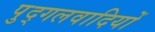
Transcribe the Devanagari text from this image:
पुद्गलवादियों